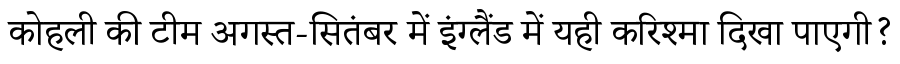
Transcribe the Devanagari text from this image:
कोहली की टीम अगस्त-सितंबर में इंग्लैंड में यही करिश्मा दिखा पाएगी?